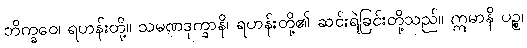
ဘိက္ခဝေ၊ ရဟန်းတို့။ သမဏဒုက္ခာနိ၊ ရဟန်းတို့၏ ဆင်းရဲခြင်းတို့သည်။ ဣမာနိ ပဉ္စ၊